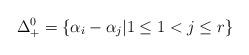
LaTeX: \begin{align*}\Delta_+^0 = \{ \alpha_i - \alpha_j| 1 \leq 1 < j \leq r \}\end{align*}